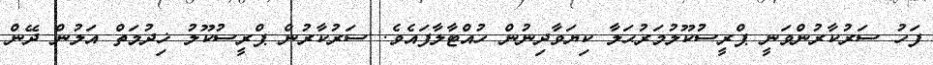
ފަހު ސަރުކާރުންވަނީ ޕްރީސުކޫލުމަރުޙަލާ ކިޔަވާދިނުން ހުއްޓާލާފައެވެ. ސަރުކާރުން ޕްރީސުކޫލު ޚިދުމަތް އަލުން ދޭން